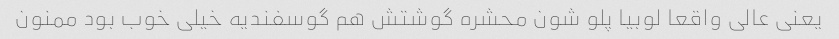
یعنی عالی واقعا لوبیا پلو شون محشره گوشتش هم گوسفندیه خیلی خوب بود ممنون